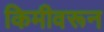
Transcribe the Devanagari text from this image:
किमीवरून